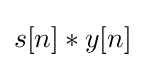
s[n]*y[n]\!